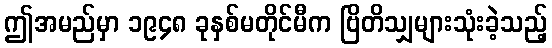
ဤအမည်မှာ ၁၉၄၈ ခုနှစ်မတိုင်မီက ဗြိတိသျှများသုံးခဲ့သည့်